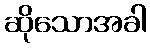
ဆိုသောအခါ